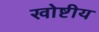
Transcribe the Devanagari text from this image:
खोष्टीय